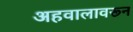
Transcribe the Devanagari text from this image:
अहवालावरून